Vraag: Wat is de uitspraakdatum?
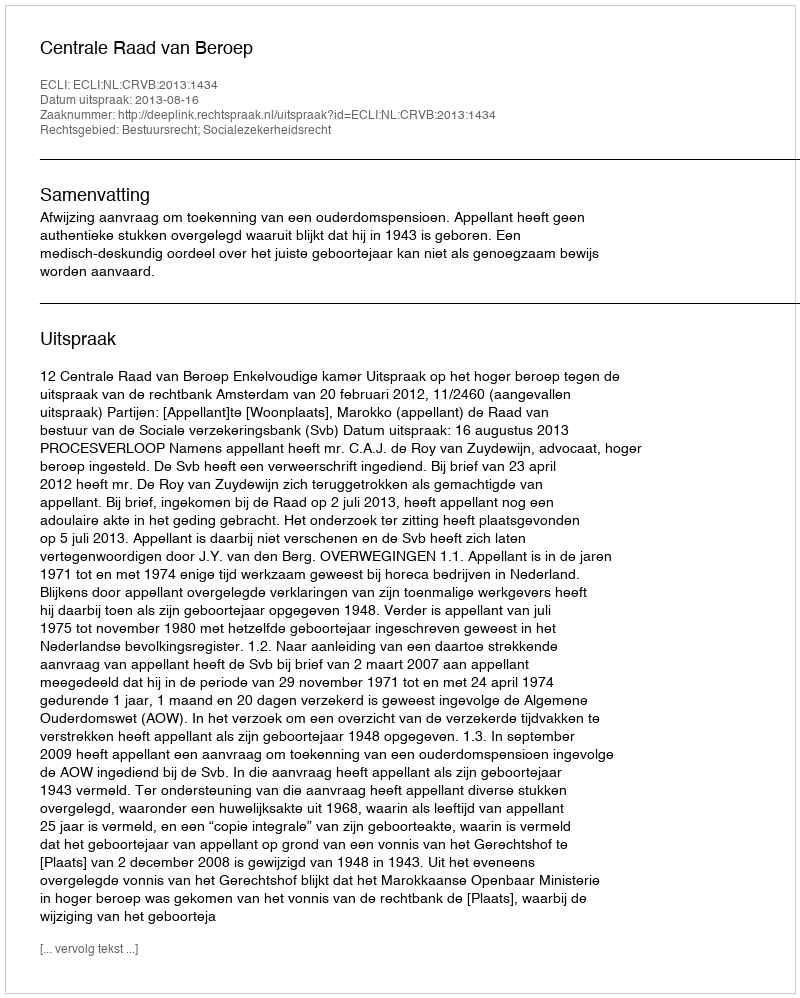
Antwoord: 2013-08-16